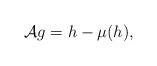
LaTeX: \begin{align*} \mathcal{A} g = h-\mu(h) , \end{align*}